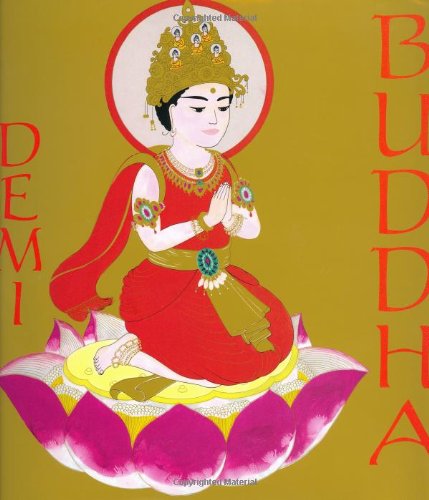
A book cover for Buddha; Demi; Children's Books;